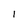
Character: l